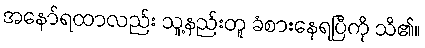
အနော်ရထာလည်း သူ့နည်းတူ ခံစားနေရပြီကို သိ၏။